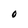
Character: 0